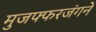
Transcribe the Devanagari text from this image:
मुजफ्फरजंगने